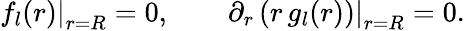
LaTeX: \left.f_{l}(r)\right|_{r=R}=0,\qquad\left.\partial_{r}\left(r\, g_{l}(r)\right)\right|_{r=R}=0.